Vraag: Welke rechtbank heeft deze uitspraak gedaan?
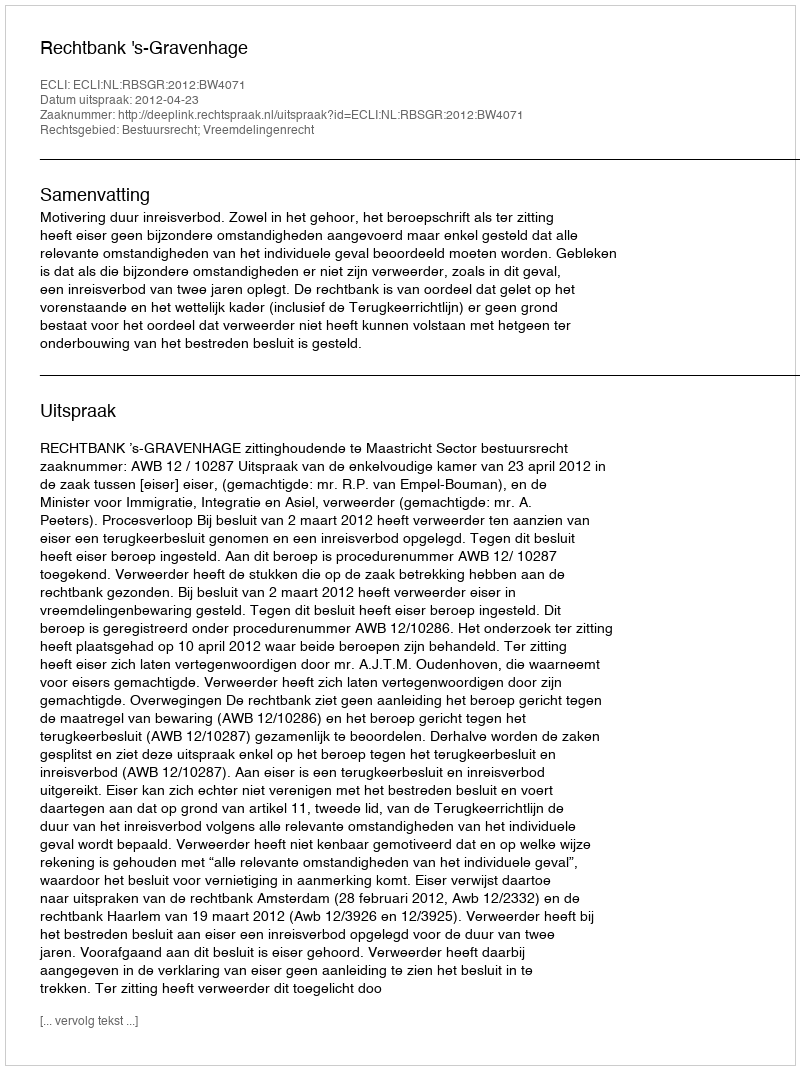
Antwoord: Rechtbank 's-Gravenhage